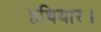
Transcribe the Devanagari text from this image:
हथियार।